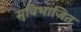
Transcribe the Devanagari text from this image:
सुविभाजित